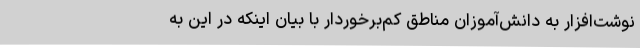
نوشت‌افزار به دانش‌آموزان مناطق کم‌برخوردار با بیان اینکه در این به